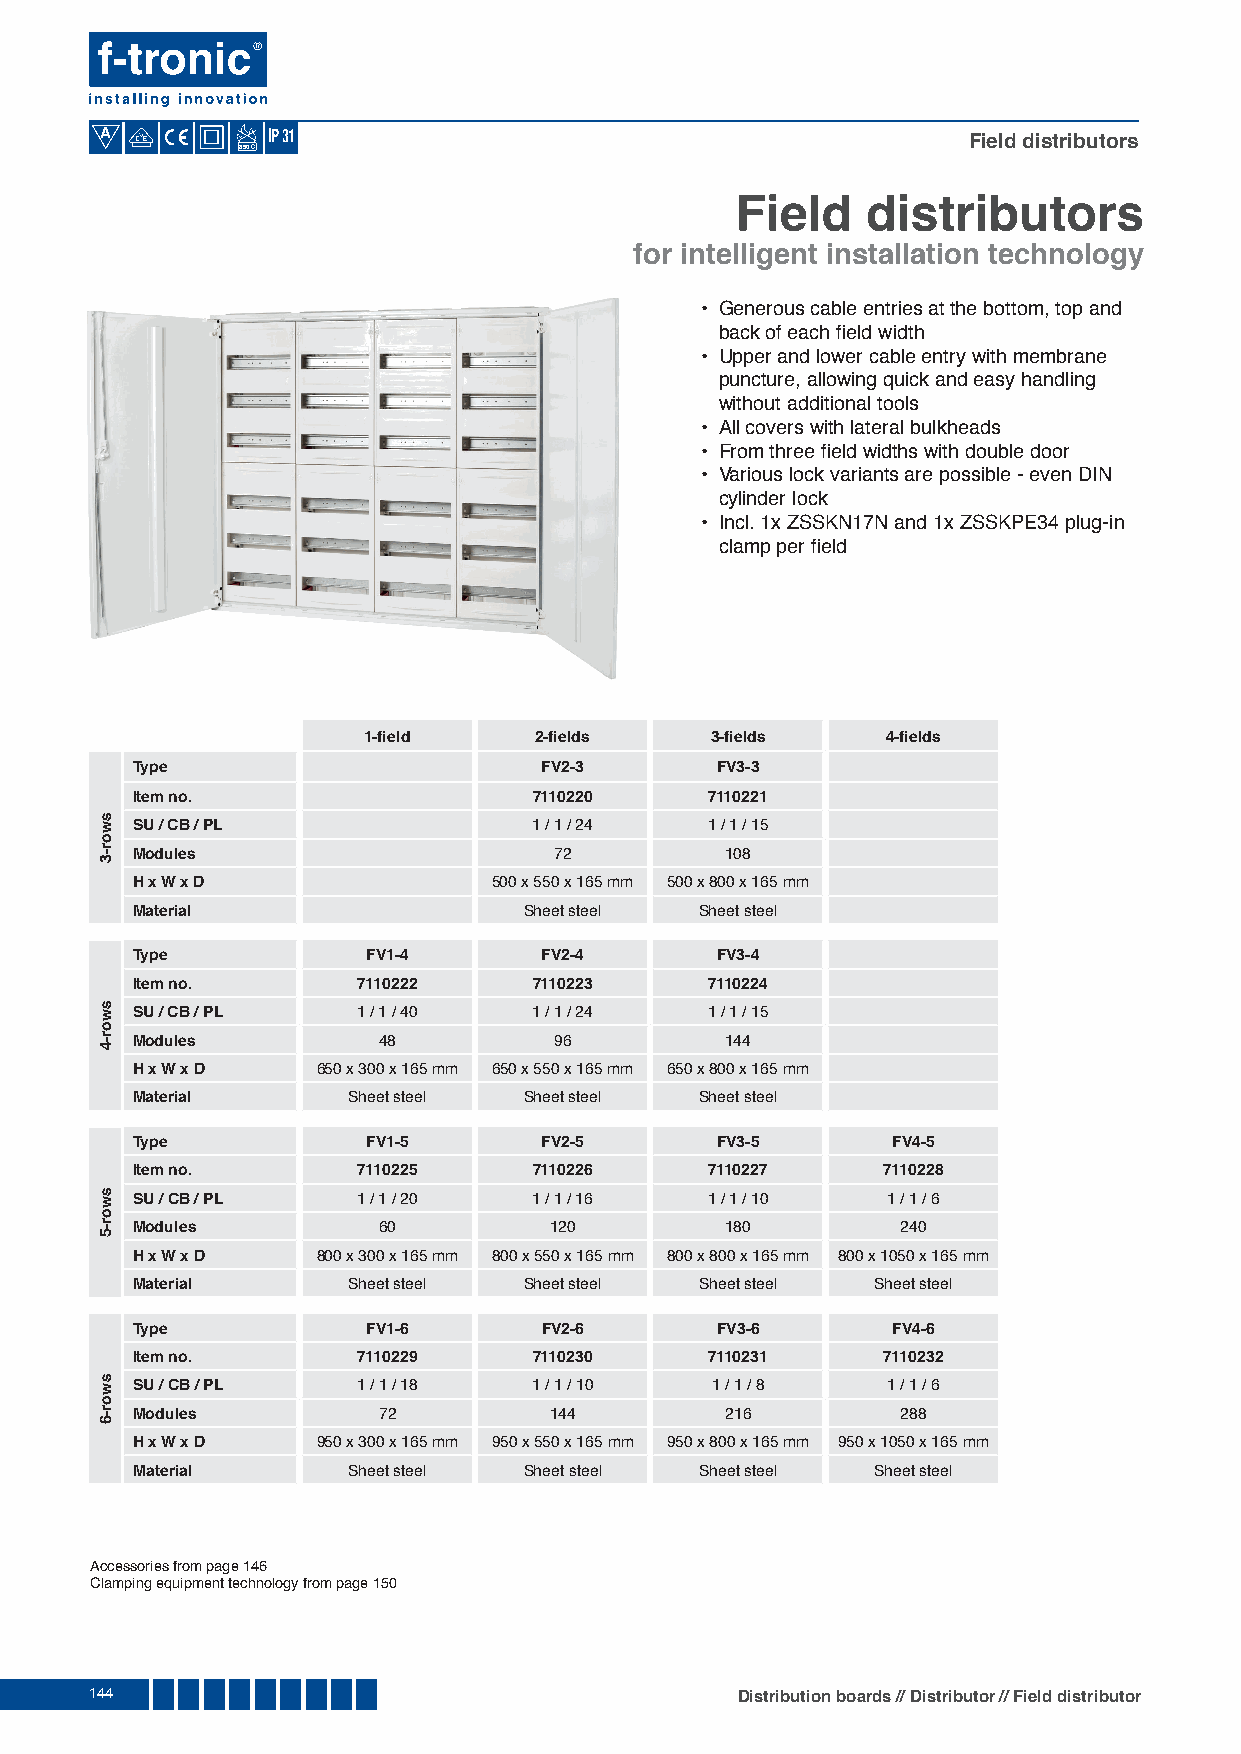
A
 Field distributors
 850
 Field   distributors
 for intelligent installation technology
 • Generous cable entries at the bottom, top and
 back of each fi eld width
 • Upper and lower cable entry with membrane
 puncture, allowing quick and easy handling
 without additional tools
 • All covers with lateral bulkheads
 • From three fi eld widths with double door
 • Various lock variants are possible - even DIN
 cylinder lock
 • Incl. 1x ZSSKN17N and 1x ZSSKPE34 plug-in
 clamp per fi eld
 1-fi eld   2-fi elds   3-fi elds   4-fi elds
 Type                       FV2-3      FV3-3
 Item no.                  7110220     7110221
 SU / CB / PL              1 / 1 / 24  1 / 1 / 15
 Modules                     72         108
 H x W x D               500 x 550 x 165 mm 500 x 800 x 165 mm
 Material                  Sheet steel Sheet steel
 Type           FV1-4       FV2-4      FV3-4
 Item no.       7110222    7110223     7110224
 SU / CB / PL   1 / 1 / 40 1 / 1 / 24  1 / 1 / 15
 Modules         48          96         144
 H x W x D   650 x 300 x 165 mm 650 x 550 x 165 mm 650 x 800 x 165 mm
 Material      Sheet steel Sheet steel Sheet steel
 Type           FV1-5       FV2-5      FV3-5       FV4-5
 Item no.       7110225    7110226     7110227    7110228
 SU / CB / PL   1 / 1 / 20 1 / 1 / 16  1 / 1 / 10  1 / 1 / 6
 Modules         60         120         180         240
 H x W x D   800 x 300 x 165 mm 800 x 550 x 165 mm 800 x 800 x 165 mm 800 x 1050 x 165 mm
 Material      Sheet steel Sheet steel Sheet steel Sheet steel
 Type           FV1-6       FV2-6      FV3-6       FV4-6
 Item no.       7110229    7110230     7110231    7110232
 SU / CB / PL   1 / 1 / 18 1 / 1 / 10  1 / 1 / 8   1 / 1 / 6
 Modules         72         144         216         288
 H x W x D   950 x 300 x 165 mm 950 x 550 x 165 mm 950 x 800 x 165 mm 950 x 1050 x 165 mm
 Material      Sheet steel Sheet steel Sheet steel Sheet steel
 Accessories from page 146
 Clamping equipment technology from page 150
 144                                        Distribution boards // Distributor // Field distributor
 swor-3
 swor-4
 swor-5
 swor-6